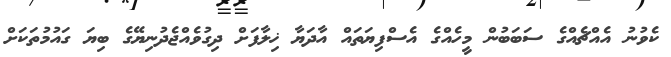
ކެވުނު އެއްޗެއްގެ ސަބަބުން މީހެއްގެ އެސްފިޔަތައް އާދަޔާ ޚިލާފަށް ދިގުވެއްޖެދުނިޔޭގެ ބިޔަ ގައުމުތަކަށް